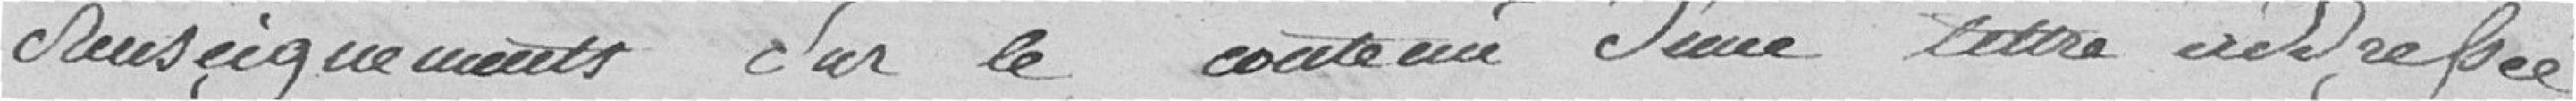
renseignements sur le contenu d'une lettre addressée